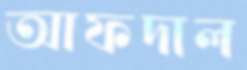
আফদাল